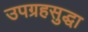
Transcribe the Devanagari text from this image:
उपग्रहसुद्धा